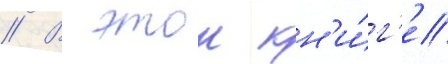
// В этои кн'и́г'е